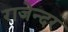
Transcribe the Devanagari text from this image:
राजेन्दर